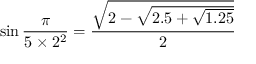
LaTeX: \sin { \frac { \pi } { 5 \times 2 ^ { 2 } } } = { \frac { \sqrt { 2 - { \sqrt { 2 . 5 + { \sqrt { 1 . 2 5 } } } } } } { 2 } }